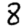
Digit: 8